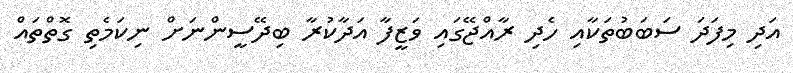
އަދި މިފަދަ ސަބަބުތަކާއި ހެދި ރާއްޖޭގައި ވަޒީފާ އަދާކުރާ ބިދޭސީންނަށް ނިކަމެތި ގޮތްތައް